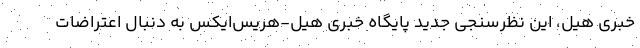
خبری هیل، این نظرسنجی جدید پایگاه خبری هیل-هریس‌ایکس به دنبال اعتراضات